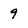
Character: 9